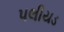
પલીયડ